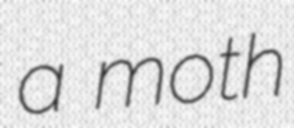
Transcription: a moth